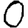
Digit: 0